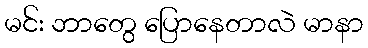
မင်း ဘာတွေ ပြောနေတာလဲ မာနာ